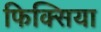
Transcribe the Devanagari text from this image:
फिक्सिया